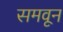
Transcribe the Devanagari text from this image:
समवून